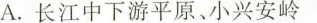
A.长江中下游平原、小兴安岭